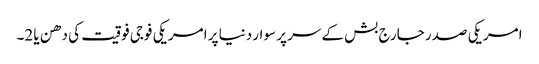
امریکی صدر جارج بش کے سر پر سوار دنیا پر امریکی فوجی فوقیت کی دھن یا 2۔